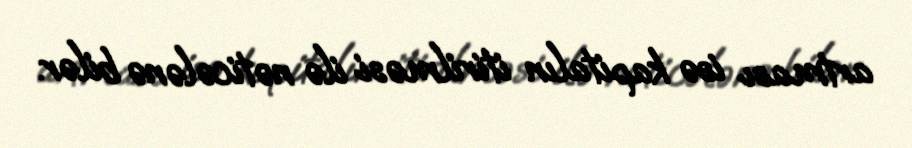
artması isə kapitalın itirilməsi ilə nəticələnə bilər.